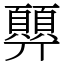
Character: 顨